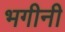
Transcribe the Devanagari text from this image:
भगीनी